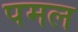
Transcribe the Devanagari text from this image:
पमल